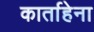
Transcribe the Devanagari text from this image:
कार्ताहेना